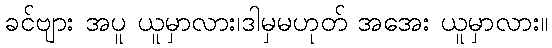
ခင်ဗျား အပူ ယူမှာလား၊ဒါမှမဟုတ် အအေး ယူမှာလား။